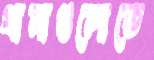
থানাগুলোতে